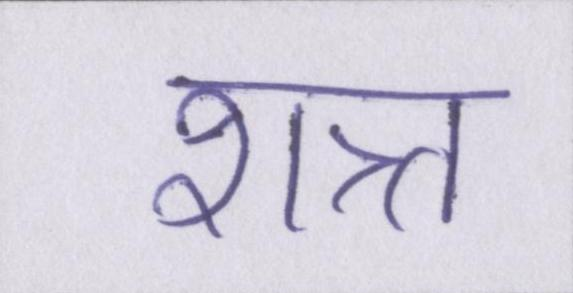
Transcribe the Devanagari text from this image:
शत्र्त